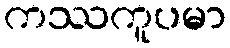
ကဿကူပမာ